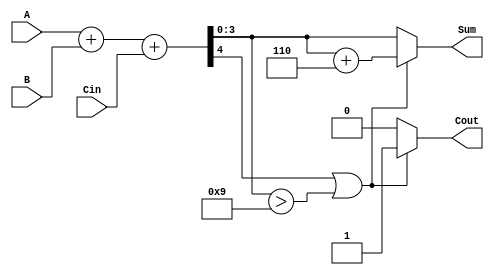
module bcd_hybrid_adder (
    input  wire [3:0] A,      // 4-bit BCD digit A (0-9)
    input  wire [3:0] B,      // 4-bit BCD digit B (0-9)
    input  wire Cin,          // Carry input
    output reg  [3:0] Sum,    // 4-bit BCD Sum
    output reg  Cout          // Carry output
);

    wire [4:0] S;            // 5-bit sum (A + B + Cin)
    
    // Step 1: Binary addition
    assign S = A + B + Cin;

    // Step 2: BCD correction logic
    always @(*) begin
        // Initialize outputs
        Sum = 4'b0000;
        Cout = 1'b0;
        
        // Step 3: Check for BCD correction
        if (S[4] == 1'b1 || S[3:0] > 4'b1001) begin
            Sum = S[3:0] + 4'b0110;  // Add 6 to correct BCD
            Cout = 1'b1;             // Set carry out
        end else begin
            Sum = S[3:0];            // No correction needed
            Cout = 1'b0;             // No carry out
        end
    end

endmodule